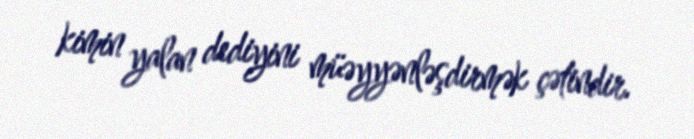
kimin yalan dediyini müəyyənləşdirmək çətindir.